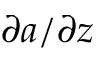
\partial a / \partial z